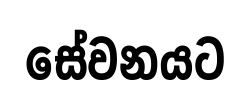
සේවනයට